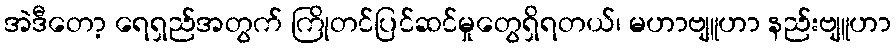
အဲဒီတော့ ရေရှည်အတွက် ကြိုတင်ပြင်ဆင်မှုတွေရှိရတယ်၊ မဟာဗျူဟာ နည်းဗျူဟာ